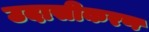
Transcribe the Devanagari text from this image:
उदासीकरण